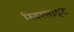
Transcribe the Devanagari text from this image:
रिवरसाइट